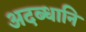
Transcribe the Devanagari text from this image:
अदब्धानि